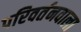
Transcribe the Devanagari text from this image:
परिवर्तनवाला